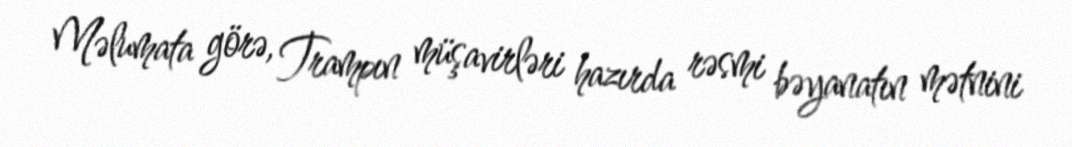
Məlumata görə, Trampın müşavirləri hazırda rəsmi bəyanatın mətnini